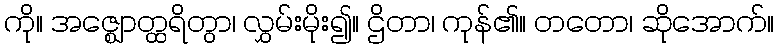
ကို။ အဇ္ဈောတ္ထရိတွာ၊ လွှမ်းမိုး၍။ ဌိတာ၊ ကုန်၏။ တတော၊ ဆိုအောက်။